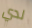
لدي